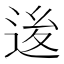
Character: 𨒥